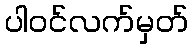
ပါဝင်လက်မှတ်